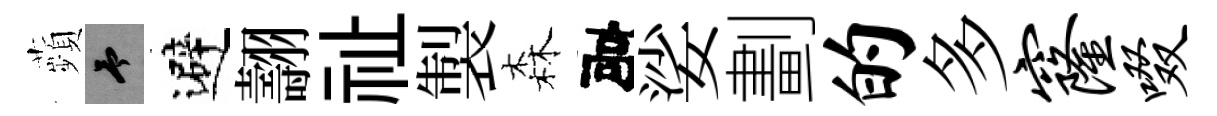
蘋予避翿祉製森建娑劃的多窿啜